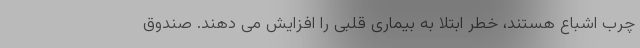
چرب اشباع هستند، خطر ابتلا به بیماری قلبی را افزایش می دهند. صندوق